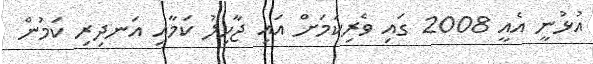
އުޅުނީ އެއީ 2008 ގައި ވެރިކަމަށް އައި ޖާހިލު ކަމާއި އަނދިރި ކަމުން